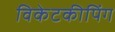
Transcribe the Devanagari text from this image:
विकेटकीपिंग